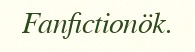
Fanfictionök.